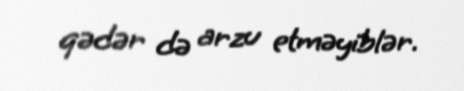
qədər də arzu etməyiblər.